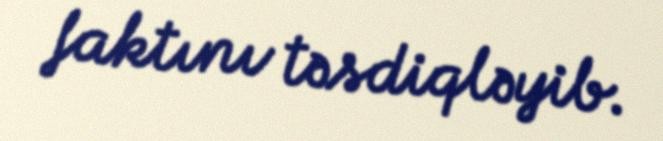
faktını təsdiqləyib.